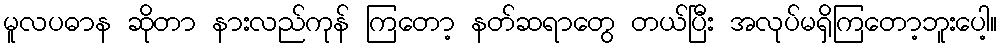
မူလပဓာန ဆိုတာ နားလည်ကုန် ကြတော့ နတ်ဆရာတွေ တယ်ပြီး အလုပ်မရှိကြတော့ဘူးပေါ့။